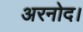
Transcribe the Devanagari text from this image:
अरनोद।